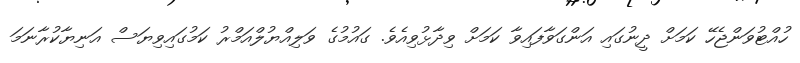
ހުއްޓުވަންޖެހޭ ކަމަށް ދީނުގައި އަންގަވާފައިވާ ކަމަށް ވިދާޅުވިއެވެ. ގައުމުގެ ވަލިއްޔުލްއަމްރު ކަމުގައިވިޔަސް އަނިޔާކުރާނަމަ